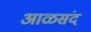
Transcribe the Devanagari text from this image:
आळसंद